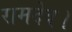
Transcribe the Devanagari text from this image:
रामदेव।